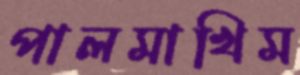
পালমাখিম